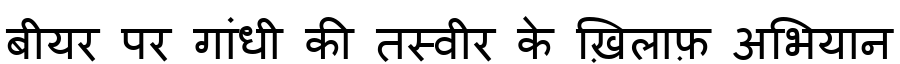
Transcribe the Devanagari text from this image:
बीयर पर गांधी की तस्वीर के ख़िलाफ़ अभियान